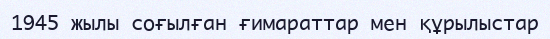
1945 жылы соғылған ғимараттар мен құрылыстар